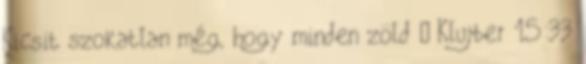
Kicsit szokatlan még, hogy minden zöld – Klujber 15:33